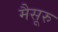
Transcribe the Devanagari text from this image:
मैसूरु